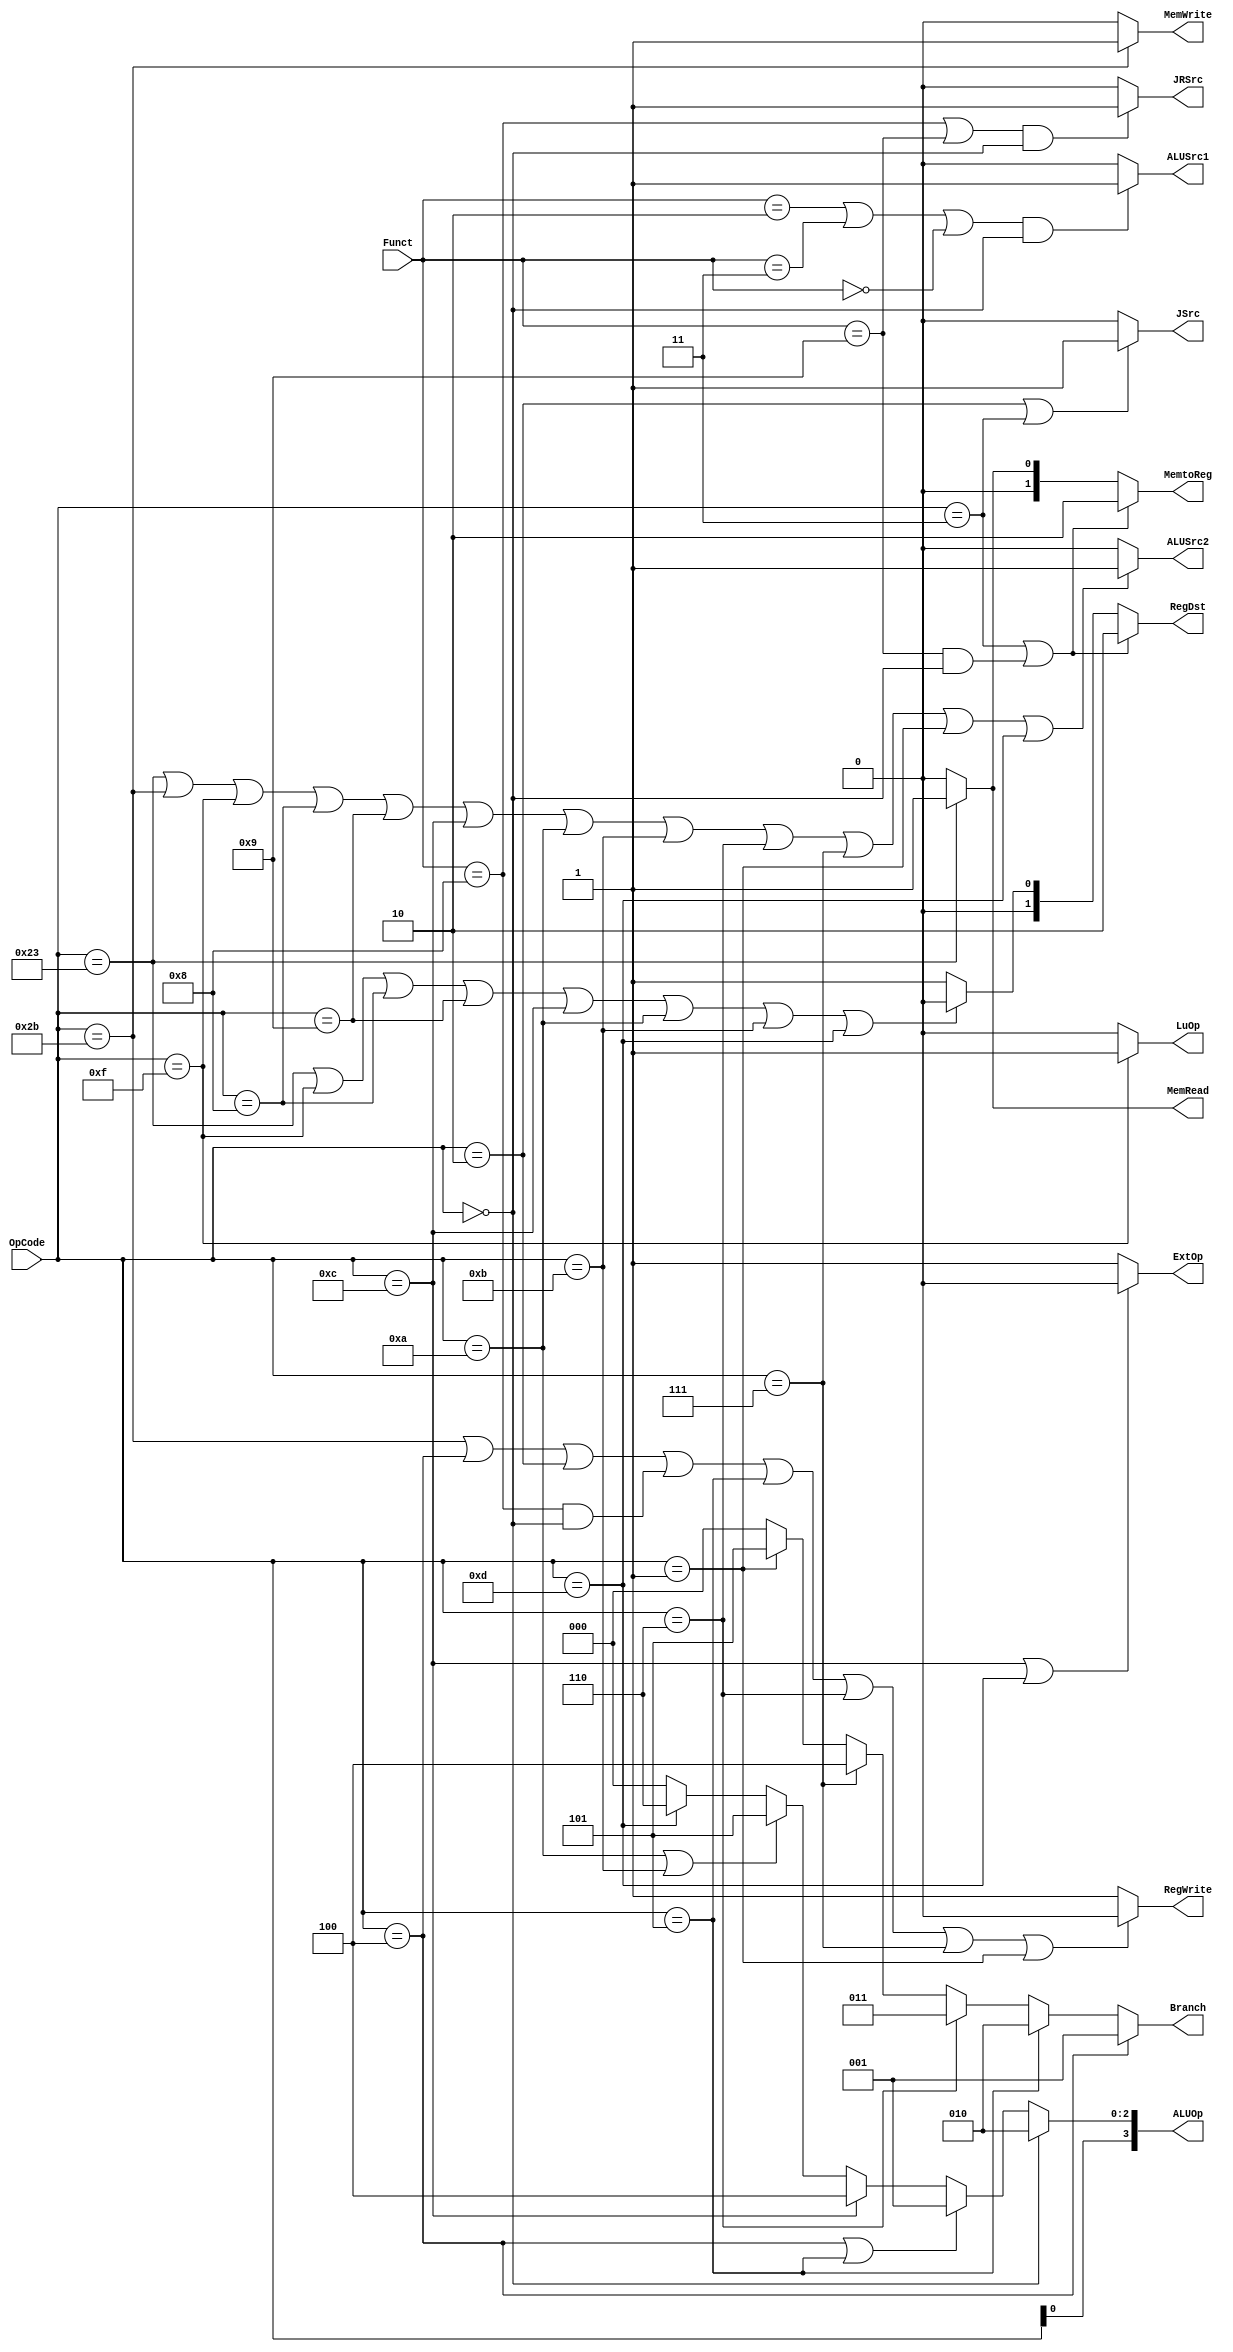
module Control(
	input  [6 - 1: 0] OpCode  ,
	input  [6 - 1: 0] Funct   ,
	output [3 - 1: 0] Branch  ,
	output RegWrite           ,
	output [2 - 1: 0] RegDst  ,
	output MemRead            ,
	output MemWrite           ,
	output [2 - 1: 0] MemtoReg,
	output ALUSrc1            ,
	output ALUSrc2            ,
	output ExtOp              ,
	output LuOp               ,
    output JSrc               ,
    output JRSrc              ,
	output [4 - 1: 0] ALUOp
);
	
    assign Branch = (OpCode == 6'h04) ? 3'b001:
    (OpCode == 6'h05) ? 3'b010: (OpCode == 6'h06) ? 3'b011:
    (OpCode == 6'h07) ? 3'b100: (OpCode == 6'h01) ? 3'b101 : 3'b000;

    assign RegWrite = 
        (OpCode == 6'h2b || OpCode == 6'h04 || OpCode == 6'h02
        || (Funct == 6'h08 && OpCode == 6'h00) || OpCode == 6'h05 ||
        OpCode == 6'h06 || OpCode == 6'h07 || OpCode == 6'h01) ? 0 : 1;
    
    assign RegDst = (OpCode == 6'h03 || (Funct == 6'h09 &&
        OpCode == 6'h00)) ? 2'b10:
        (OpCode == 6'h23 || OpCode == 6'h0f || OpCode == 6'h08 ||
        OpCode == 6'h09 || OpCode == 6'h0c || OpCode == 6'h0a
        || OpCode == 6'h0b || OpCode == 6'h0d) ? 2'b00 : 2'b01;
    
    assign MemRead = (OpCode == 6'h23) ? 1 : 0;

    assign MemWrite = (OpCode == 6'h2b) ? 1 : 0;

    assign MemtoReg = (OpCode == 6'h03 || (Funct == 6'h09 &&
    OpCode == 6'h00)) ? 2'b10: (OpCode == 6'h23) ? 2'b01 : 2'b00;

    assign ALUSrc1 = ((Funct == 6'h02 || Funct == 6'h03
    || Funct == 6'h00) && OpCode == 6'h00) ? 1 : 0;

    assign ALUSrc2 = (OpCode == 6'h23 || OpCode == 6'h2b ||
    OpCode == 6'h0f || OpCode == 6'h08 || OpCode == 6'h09 ||
    OpCode == 6'h0c || OpCode == 6'h0a || OpCode == 6'h0b ||
    OpCode == 6'h06 || OpCode == 6'h07 || OpCode == 6'h01 ||
    OpCode == 6'h0d) ? 1 : 0;

    assign ExtOp = (OpCode == 6'h0c || OpCode == 6'h0d) ? 0 : 1;

    assign LuOp = (OpCode == 6'h0f) ? 1 : 0;

    assign JSrc = (OpCode == 6'h02 || OpCode == 6'h03) ? 1 : 0;

    assign JRSrc = ((Funct == 6'h08 || Funct == 6'h09) && OpCode == 6'h00) ? 1 : 0;

	// set ALUOp
	assign ALUOp[2:0] = 
		(OpCode == 6'h00)? 3'b010: 
		(OpCode == 6'h04 || OpCode == 6'h05)? 3'b001: 
		(OpCode == 6'h0c)? 3'b100: 
		(OpCode == 6'h0a || OpCode == 6'h0b)? 3'b101: 
		(OpCode == 6'h0d)? 3'b110:
        3'b000;
		
	assign ALUOp[3] = OpCode[0];    
endmodule